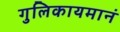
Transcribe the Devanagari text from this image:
गुलिकायमानं